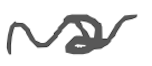
Text: a
Cross-out: wave
Writing tool: digital_gray